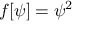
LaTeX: f [ \psi ] = \psi ^ { 2 }